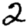
Digit: 2